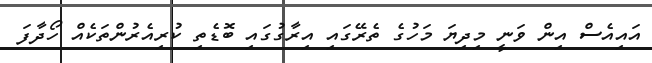
އައިއެސް އިން ވަނީ މިދިޔަ މަހުގެ ތެރޭގައި އިރާގުގައި ބޮޑެތި ކުރިއެރުންތަކެއް ހޯދާފަ